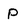
Character: p